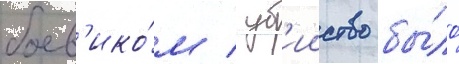
боев'ико́м / уб'ииство бы́ло